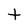
Character: t